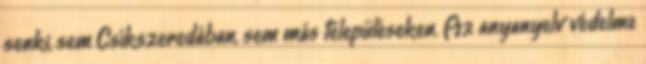
senki, sem Csíkszeredában, sem más településeken. Az anyanyelv védelme